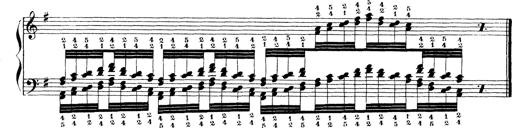
Title: Technische Studien
Composer: Franz Liszt